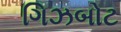
ગિઝબોટ